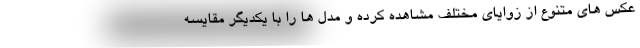
عکس های متنوع از زوایای مختلف مشاهده کرده و مدل ها را با یکدیگر مقایسه